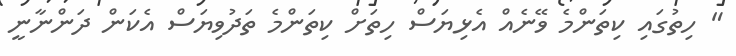
" ހިތުގައި ކިތަންމެ ވޭނެއް އެޅިޔަސް ހިތަށް ކިތަންމެ ތަދުވިޔަސް އެކަން ދަންނާނީ